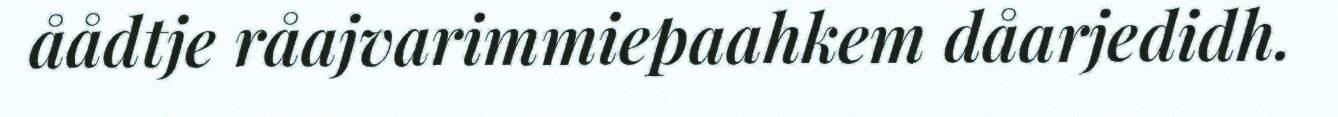
åådtje råajvarimmiepaahkem dåarjedidh.